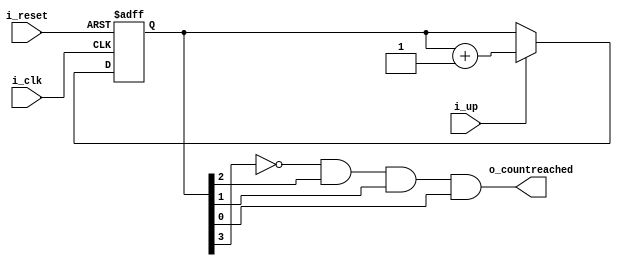
module counter_rx(
i_reset,i_clk,i_up,o_countreached);
		input i_clk,i_reset,i_up;
      output o_countreached;
       reg [3:0] count;
	   assign o_countreached = !count[3]&(count[2])&(count[1])&(count[0]);   //8 - 1000
      always@(posedge i_clk,posedge i_reset)
            begin
			   if(i_reset)
			     count <= 4'b0;
			  else if(i_up)
              count <= count + 1'b1;		  
		   	end			
endmodule